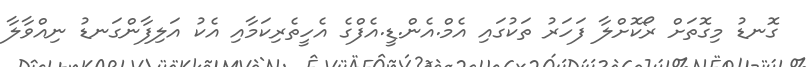
ގޮނޑު މިގޮތަށް ރޯކޮށްލާ ފަހަރު ތަކުގައި އެމް.އެން.ޑީ.އެފްގެ އެހީތެރިކަމާއި އެކު އަލިފާންގަނޑު ނިއްވާލާ